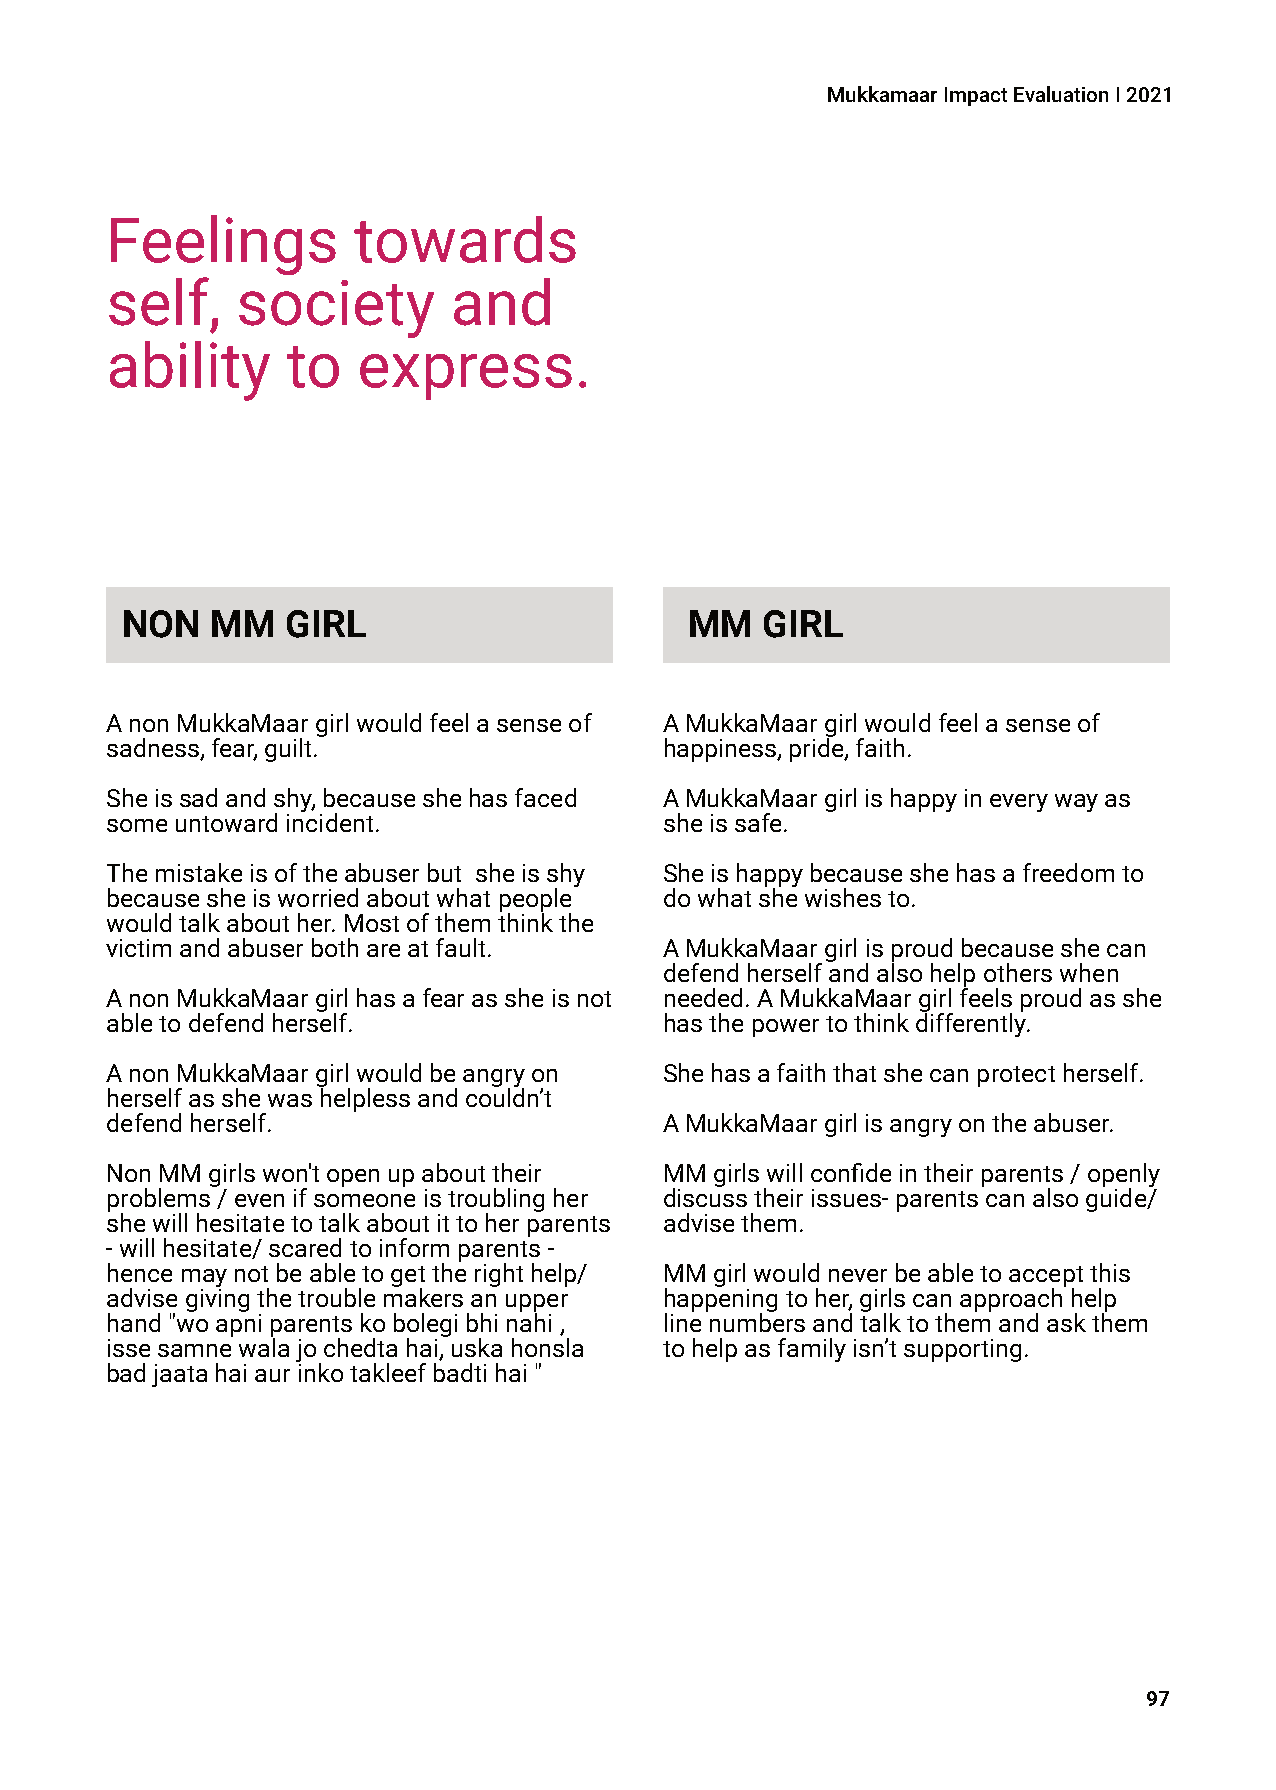
MukkamaarImpactEvaluationI2021
 Feelings        towards
 self,    society       and
 ability     to   express.
 NON   MM   GIRL                       MM  GIRL
 AnonMukkaMaargirlwouldfeelasenseof   AMukkaMaargirlwouldfeelasenseof
 sadness,fear,guilt.                  happiness,pride,faith.
 Sheissadandshy,becauseshehasfaced    AMukkaMaargirlishappyineverywayas
 someuntowardincident.                sheissafe.
 Themistakeisoftheabuserbut sheisshy  Sheishappybecauseshehasafreedomto
 becausesheisworriedaboutwhatpeople   dowhatshewishesto.
 wouldtalkabouther.Mostofthemthinkthe
 victimandabuserbothareatfault.       AMukkaMaargirlisproudbecauseshecan
 defendherselfandalsohelpotherswhen
 AnonMukkaMaargirlhasafearassheisnot  needed.AMukkaMaargirlfeelsproudasshe
 abletodefendherself.                 hasthepowertothinkdifferently.
 AnonMukkaMaargirlwouldbeangryon      Shehasafaiththatshecanprotectherself.
 herselfasshewashelplessandcouldn’t
 defendherself.                       AMukkaMaargirlisangryontheabuser.
 NonMMgirlswon'topenupabouttheir      MMgirlswillconfideintheirparents/openly
 problems/evenifsomeoneistroublingher discusstheirissues-parentscanalsoguide/
 shewillhesitatetotalkaboutittoherparents advisethem.
 -willhesitate/scaredtoinformparents-
 hencemaynotbeabletogettherighthelp/  MMgirlwouldneverbeabletoacceptthis
 advisegivingthetroublemakersanupper  happeningtoher,girlscanapproachhelp
 hand"woapniparentskobolegibhinahi,   linenumbersandtalktothemandaskthem
 issesamnewalajochedtahai,uskahonsla  tohelpasfamilyisn’tsupporting.
 badjaatahaiaurinkotakleefbadtihai"
 97